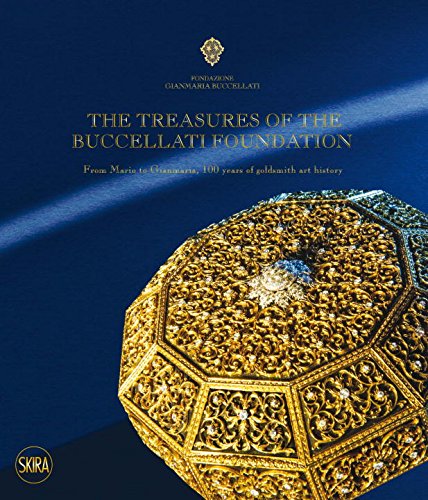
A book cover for The Treasures of the Buccellati Foundation: From Mario to Gianmaria, 100 Years of Goldsmith Art History; Riccardo Gennaioli; Humor & Entertainment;